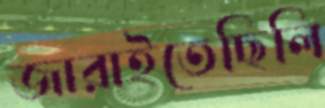
জারাইতেছিলি